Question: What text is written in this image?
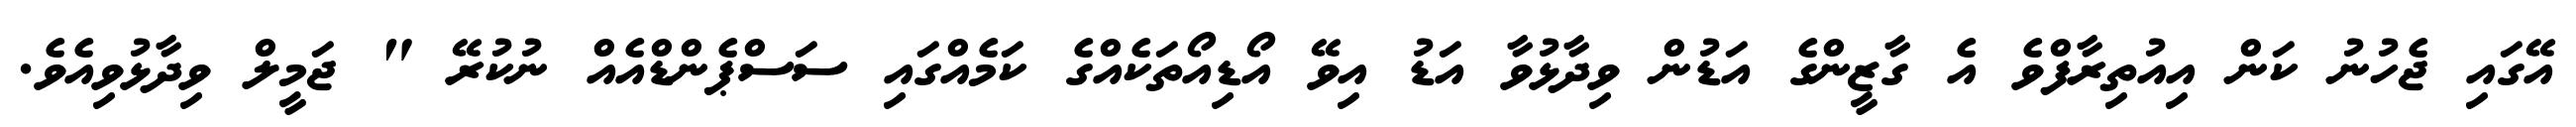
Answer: އޭގައި ޖެހުނު ކަން އިއުތިރާފްވެ އެ ގާޒީންގެ އަޑުން ވިދާޅުވާ އަޑު އިވޭ އޯޑިއޯތަކެއްގެ ކަމެއްގައި ސަސްޕެންޑްއެއް ނުކުރޭ " ޖަމީލް ވިދާޅުވިއެވެ.